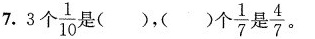
7. 3个 \frac{1}{10}是( )，( )个7 \frac{1}{7} 是 \frac{4}{7} 。